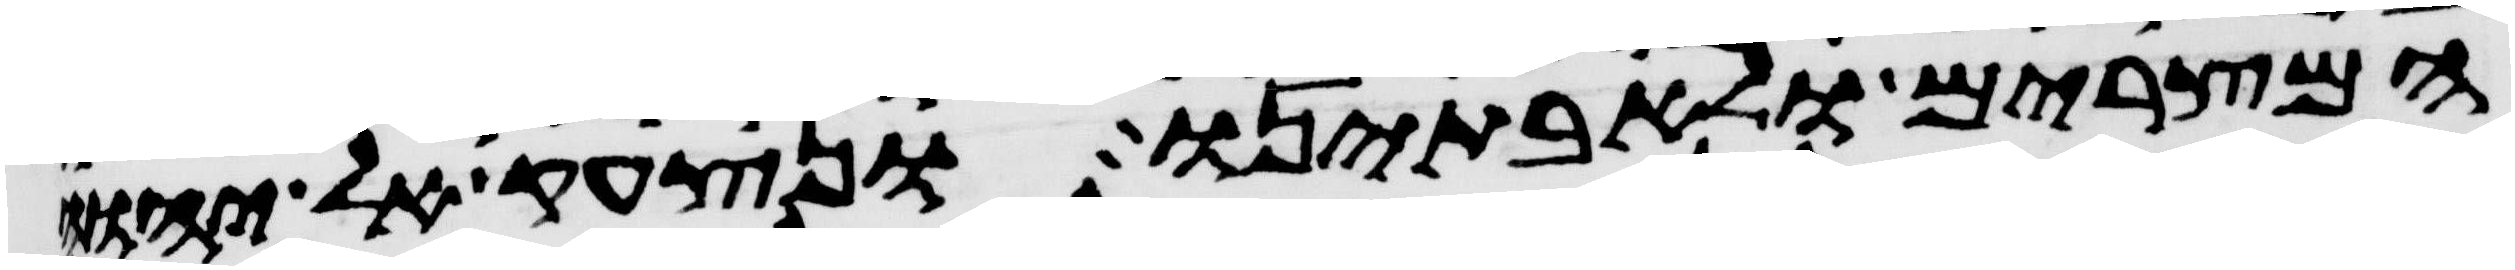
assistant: המצרים ולאבתינו ונצעק אל יהוה